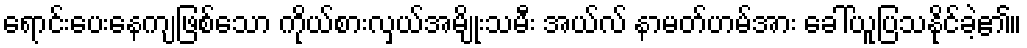
ရောင်းပေးနေကျဖြစ်သော ကိုယ်စားလှယ်အမျိုးသမီး အယ်လ် နာမတ်ဟမ်အား ခေါ်ယူပြသနိုင်ခဲ့၏။